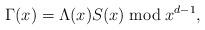
LaTeX: \begin{align*}\Gamma(x)=\Lambda(x)S(x) \bmod x^{d-1},\end{align*}